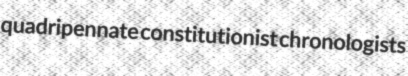
quadripennate constitutionist chronologists